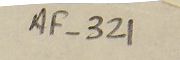
AF-321